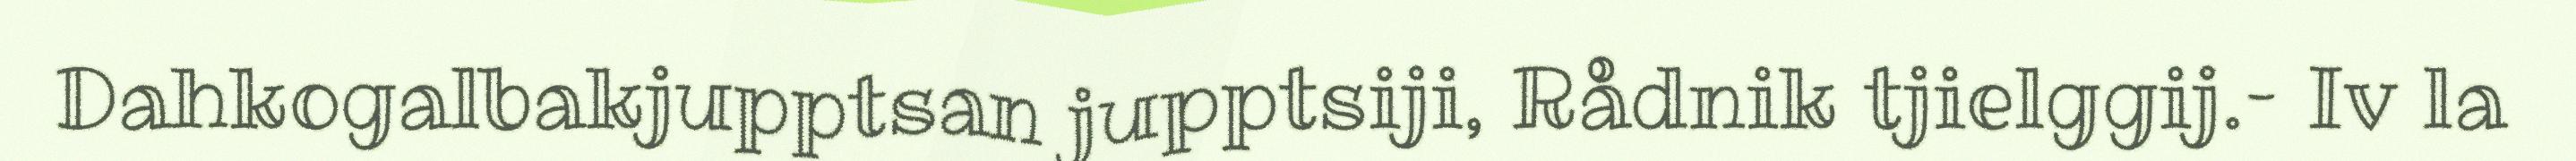
Dahkogalbakjupptsan jupptsiji, Rådnik tjielggij.– Iv la